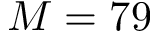
M = 7 9